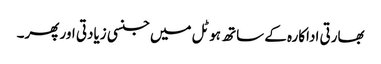
بھارتی اداکارہ کے ساتھ ہوٹل میں جنسی زیادتی اور پھر۔